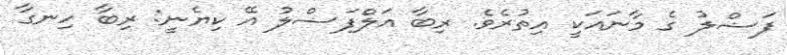
ފަޟްލު ގެ މާނައަކީ އިތުރެވެ. ރިބާ އަލްފަޟްލު އޭ ކިޔެނީ: ރިބާ ހިނގާ